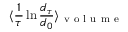
\langle \frac { 1 } { \tau } \ln \frac { d _ { \tau } } { d _ { 0 } } \rangle _ { \mathrm { ~ v ~ o ~ l ~ u ~ m ~ e ~ } }